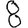
Digit: 8